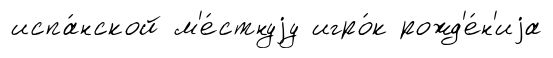
испа́нской м'е́стнуjу игро́к рожд'е́н'иjа